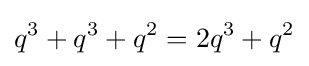
q^{3}+q^{3}+q^{2}=2q^{3}+q^{2}